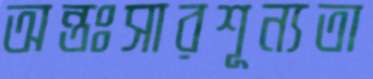
অন্তঃসারশূন্যতা